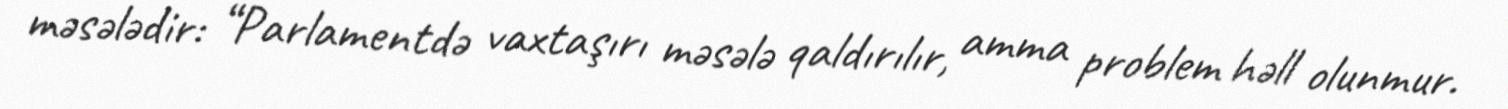
məsələdir: “Parlamentdə vaxtaşırı məsələ qaldırılır, amma problem həll olunmur.